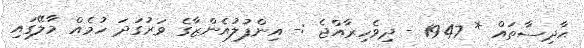
ޙާދިސާތައް * 1947 - ދިވެހިރާއްޖެ :- އިންފުލުއެންޒާގެ ވަރުގަދަ ހުމެއް މާލޭގައި